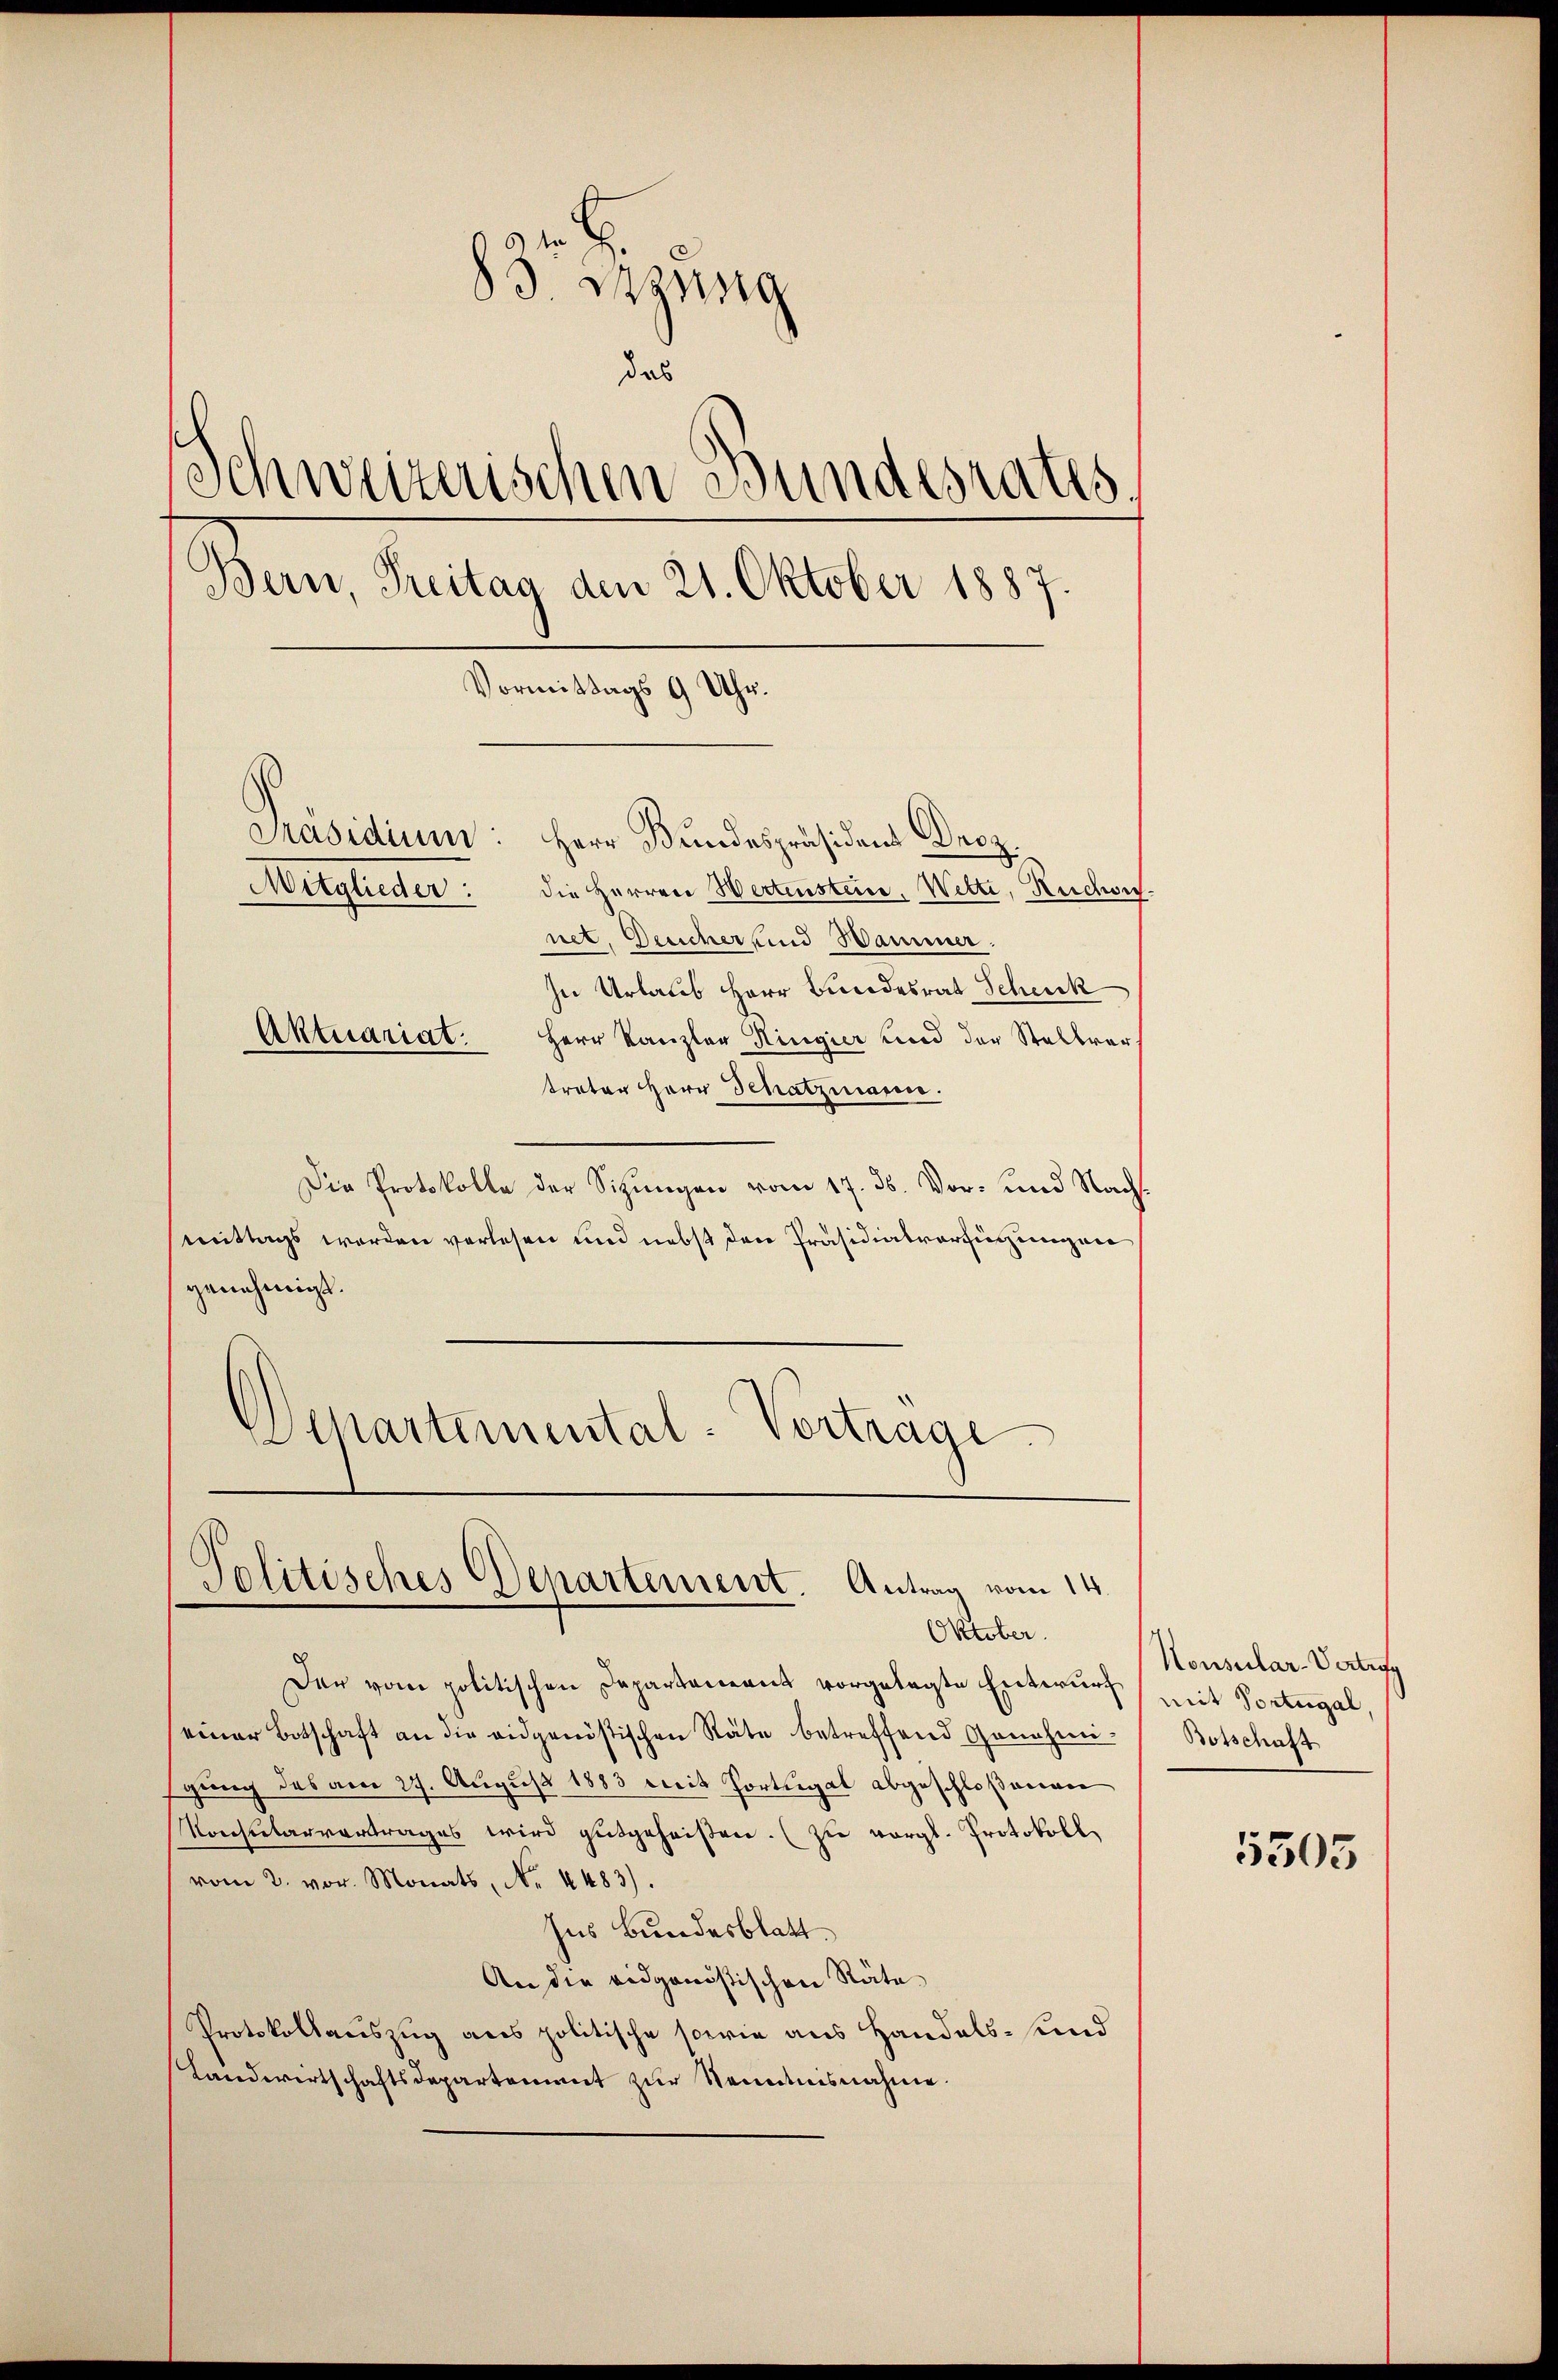
83 Szung
das
Schweizerischen Bundesrates
Bern, Treitag den 21. Oktober 1887.
Vormittags 9 Uhr.
Präsidium: Herr Bundespräsident Droz.
Mitglieder:
die Herren Wertensteine. Wette, Ruchen.
net. Deucher und Hammer.

In Urlaus Herr Bundesrat Schenk
Aktuariat. Herr Kanzler Ringier und der Stellver-
treter Herr Schatzmann.
Die Protokolle der Sitzungen vom 17. ds. Vor- und Nachmittags werden verlesen und nebst den Präsidialverfügungen
genehmigt.
Separtemental-Vertrage

Politisches Departement. Antrag vom 14.
Oktober.

Der vom politischen Departement vorgelegte Entwurf
einer Botschaft an die eidgenöstischen Räte betreffend Genehmigung des am 27. August 1883 mit Portugal abgeschloßenen
Konsularvertrages wird gutgeheißen. (zu vergl. Protokoll
vom 2. vor. Monats, N. 4483).
Ins Bundesblatt
An die eidgenößischen Räte
Protokollauszug aus politische sowie aus Handels- und
Landwirtschaftsdepartement zur Kenntnisnahme.

Konsular-Vertra
mit Vortugal
Botschaft

5505